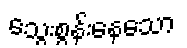
သွေးစွန်းနေသော